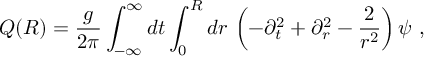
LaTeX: Q ( R ) = \frac { g } { 2 \pi } \int _ { - \infty } ^ { \infty } d t \int _ { 0 } ^ { R } d r \, \left( - \partial _ { t } ^ { 2 } + \partial _ { r } ^ { 2 } - \frac { 2 } { r ^ { 2 } } \right) \psi \ ,